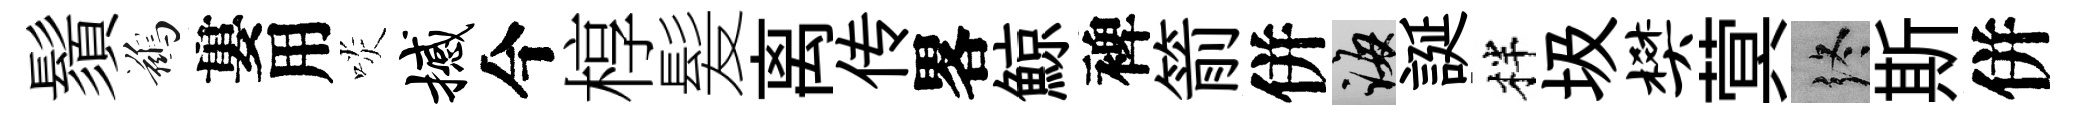
鬚鷀婁用啖撼今椁髪离传畧鯨裨箭併誨誕柈圾樊蓂终斯併